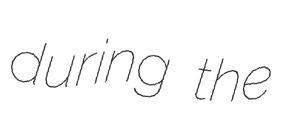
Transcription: during the